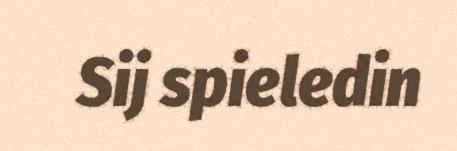
Sij spieledin